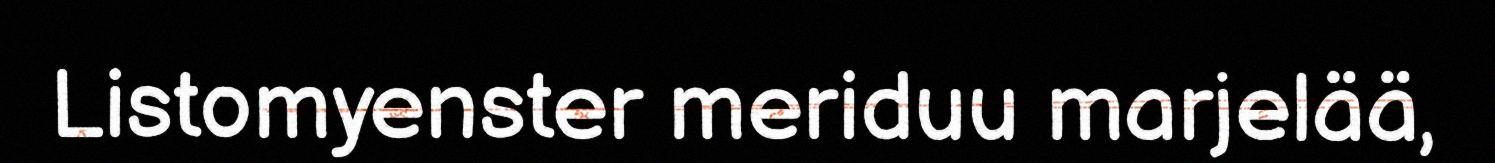
Listomyenster meriduu marjelää,